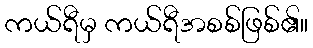
ကယ်ရီမှ ကယ်ရီအစစ်ဖြစ်၏။